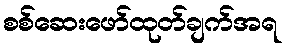
စစ်ဆေးဖော်ထုတ်ချက်အရ